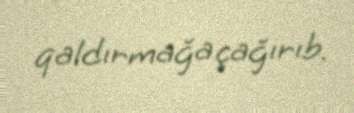
qaldırmağa çağırıb.